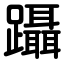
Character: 躡